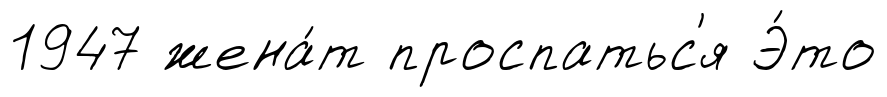
1947 жена́т проспатьс'я Э́то